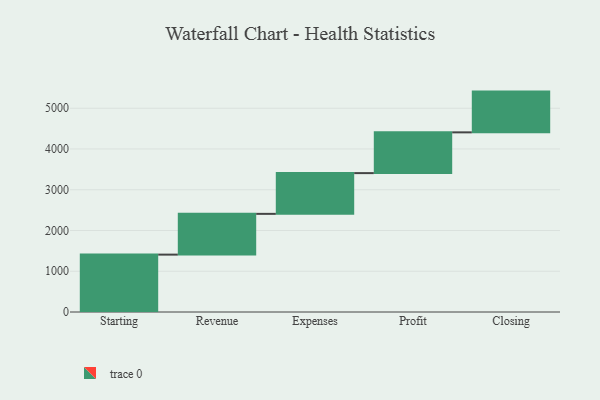
{"axis": {"x": "Step", "y": "Value"}, "legend": [""], "data": [{"x": "Starting", "y": 1408.0, "type": ""}, {"x": "Revenue", "y": 1000, "type": ""}, {"x": "Expenses", "y": 1000, "type": ""}, {"x": "Profit", "y": 1000, "type": ""}, {"x": "Closing", "y": 1000, "type": ""}]}